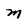
Character: m